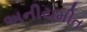
અનીયમીત